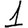
Digit: 1